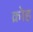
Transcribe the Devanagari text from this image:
क्रोह